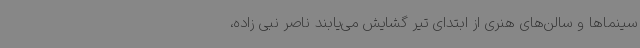
سینماها و سالن‌های هنری از ابتدای تیر گشایش می‌یابند ناصر نبی زاده،